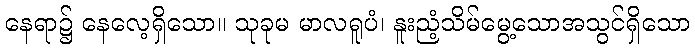
နေရာ၌ နေလေ့ရှိသော။ သုခုမ မာလရူပံ၊ နူးညံ့သိမ်မွေ့သောအသွင်ရှိသော